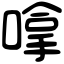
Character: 嗱